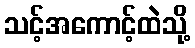
သင့်အကောင့်ထဲသို့